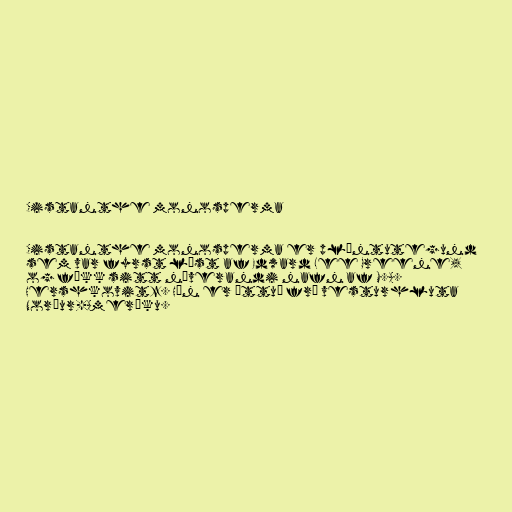
Cistanthe monosperma

Cistanthe monosperma er plöntutegund
sem var fyrst lýst af Edward Lee Greene,
og fékk sitt núverandi nafn af M.A.
Hershkovitz. Hún er ættuð frá vesturhluta
Norður-Ameríku.